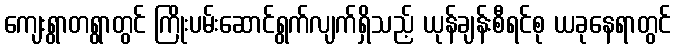
ကျေးရွာတရွာတွင် ကြိုးပမ်းဆောင်ရွက်လျက်ရှိသည့် ယုန်ချန်းစီရင်စု ယခုနေရာတွင်